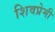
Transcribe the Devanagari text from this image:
शिवप्रेमी